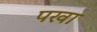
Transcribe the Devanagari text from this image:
पखा